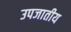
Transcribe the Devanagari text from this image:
उपजातीय